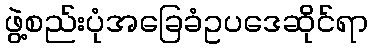
ဖွဲ့စည်းပုံအခြေခံဥပဒေဆိုင်ရာ